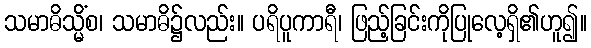
သမာဓိသ္မိံစ၊ သမာဓိ၌လည်း။ ပရိပူကာရီ၊ ဖြည့်ခြင်းကိုပြုလေ့ရှိ၏ဟူ၍။